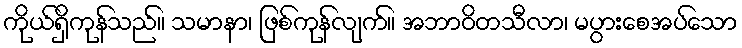
ကိုယ်ရှိကုန်သည်။ သမာနာ၊ ဖြစ်ကုန်လျက်။ အဘာဝိတသီလာ၊ မပွားစေအပ်သော